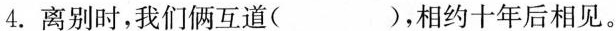
4.离别时，我们俩互道( )，相约十年后相见。